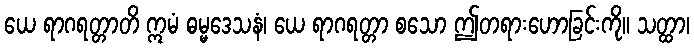
ယေ ရာဂရတ္တာတိ ဣမံ ဓမ္မဒေသနံ၊ ယေ ရာဂရတ္တာ စသော ဤတရားဟောခြင်းကို။ သတ္ထာ၊